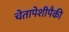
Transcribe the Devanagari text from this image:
चेतापेशीपैकी